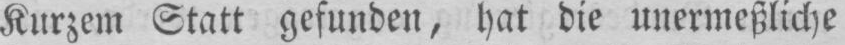
Kurzem Statt gefunden, hat die unermeßliche